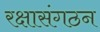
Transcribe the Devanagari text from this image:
रक्षासंगठन